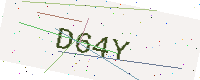
Text: D64Y